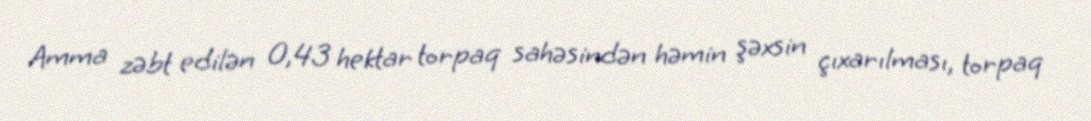
Amma zəbt edilən 0,43 hektar torpaq sahəsindən həmin şəxsin çıxarılması, torpaq